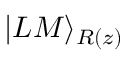
| L M \rangle _ { { \cal R } ( z ) }